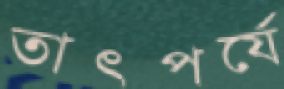
তাৎপর্যে